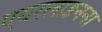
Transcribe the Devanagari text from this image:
एयरलाइनना